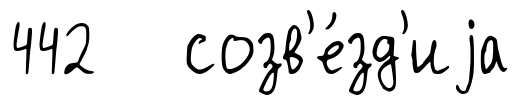
442 созв'е́зд'иjа